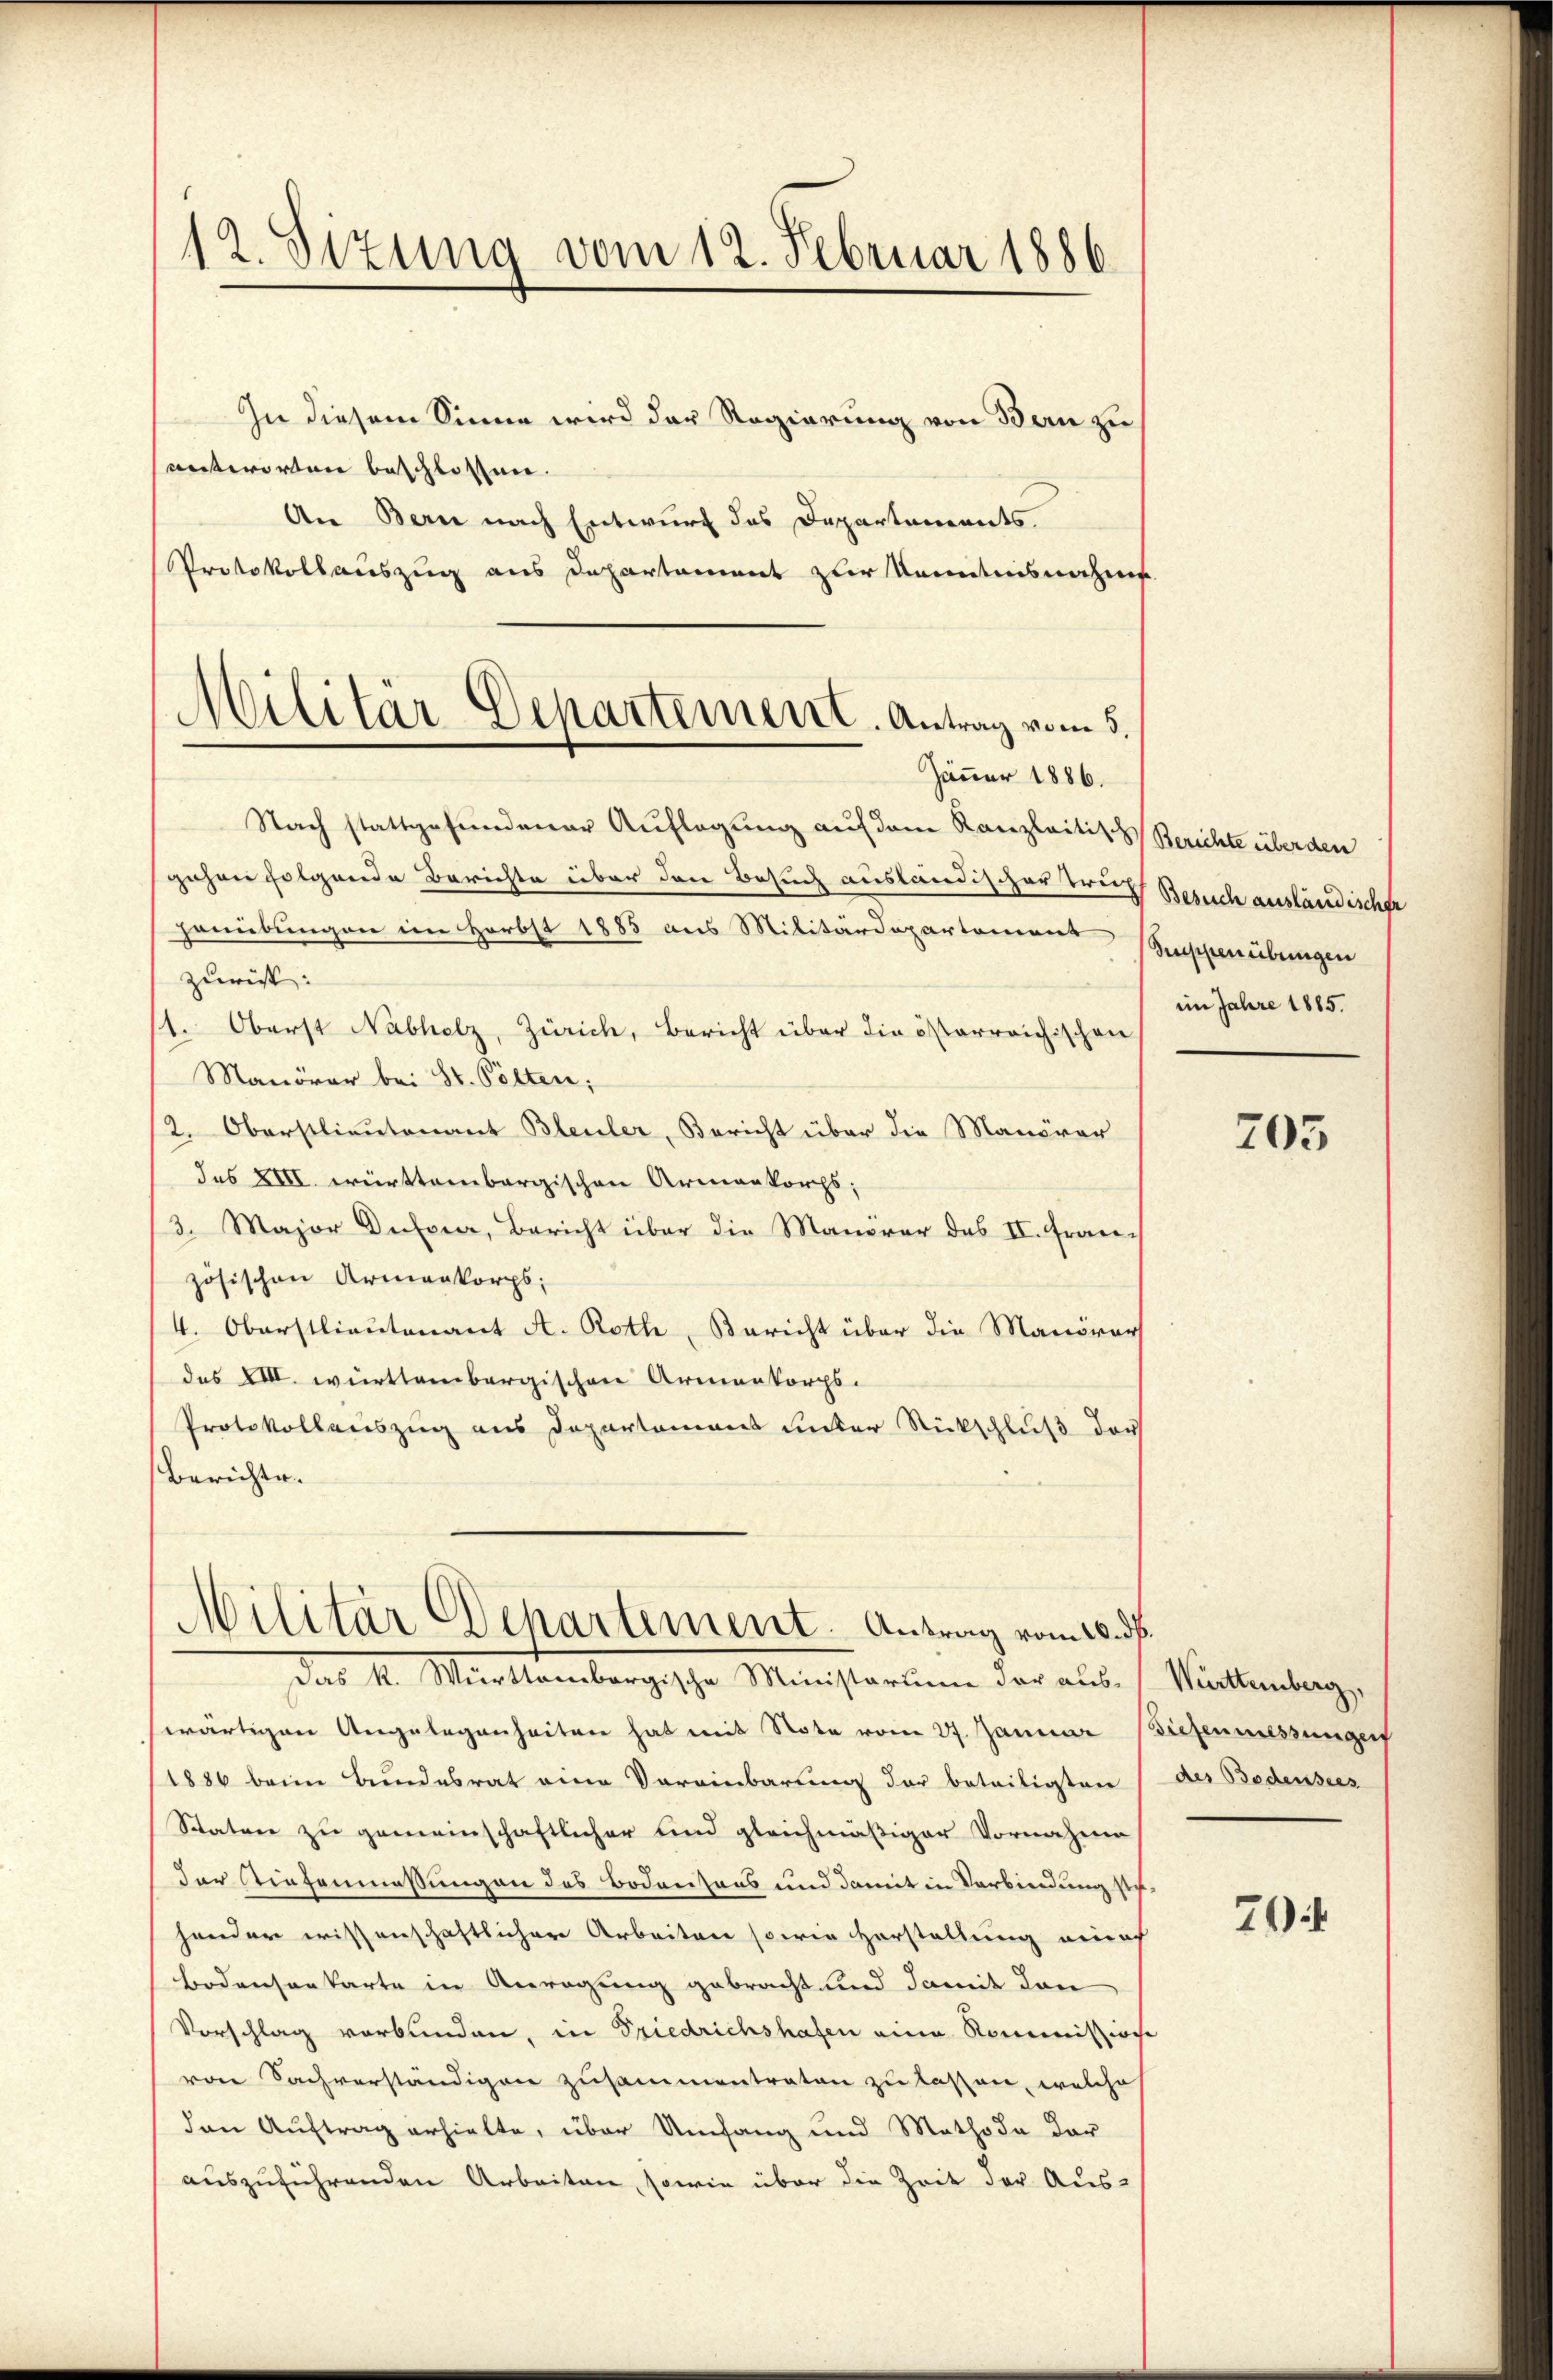
12. Sizung vom 12. Februar 1886

In diesem Sinne wird der Regierung von Bern zu
antworten beschlossen.
An Bern nach Entwurf das Departements.
Protokollauszug aus Departament zur Kenntnisnahms
Nach stattgefundener Auflegung auf dem Kanzleitisch Berichte überden
gehen folgende Berichte über den Besuch ausländischer Trauf Besuch ausländischer
Hauübungen im Herbst 1885 aus Militärdepartemons Geschierübungen
zurist:
/1. Oberst Nabholz, Zürich, Bericht über die österreichischen
Manöver bei St. Pölten;
12. Oberstlieutenant Bleuler, Bericht über die Manöver
des XIII. württembergischen Armenkorps;
3. Major Dufour, Bericht über die Manöver des II. Französischen Armenkorps;
4. Oberstlieutenant A. Roth, Bericht über die Manövers
des XIII. württembergischen Armenkorps.
Protokollauszug aus Departement unter Rückschluß der
Berichte.

Militär-Departement. Antrag vom 5.
Jäner 1886.

Militär Departement. Antrag vom 20. ds.
Das II. Mittembergische Ministerium der aus s. Rückenlange

im Jahre 1885.

swärtigen Angelegenheiten hat mit Note vom 27. Januar Diefenmessungen
1886 beim Bundesrat eine Vereinbarung der beteiligten der Bedensees
Statuer zu gemeinschaftlicher sind gleichmäßiger Vornahme
der Stiefenmessungen des Bodensaus und damit in Verbindung der
hander wissenschaftlicher Arbeiten sowie Herstellung einach
Bodensenkarte in Anregung gebracht und damit den
Vorschlag verbunden, in Friedrichshafen eine Kommission
von Sachverständigen zusammentraten zu lassen, welche
den Auftrag erhielte, über Umfang und Methode der
auszuführenden Arbeiten, sowie über die Zeit der Aus-

705

7